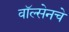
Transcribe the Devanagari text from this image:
वॉल्सेनचे